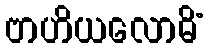
ဗာဟိယလောမိံ